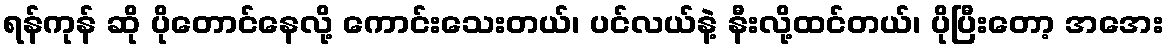
ရန်ကုန် ဆို ပိုတောင်နေလို့ ကောင်းသေးတယ်၊ ပင်လယ်နဲ့ နီးလို့ထင်တယ်၊ ပိုပြီးတော့ အအေး